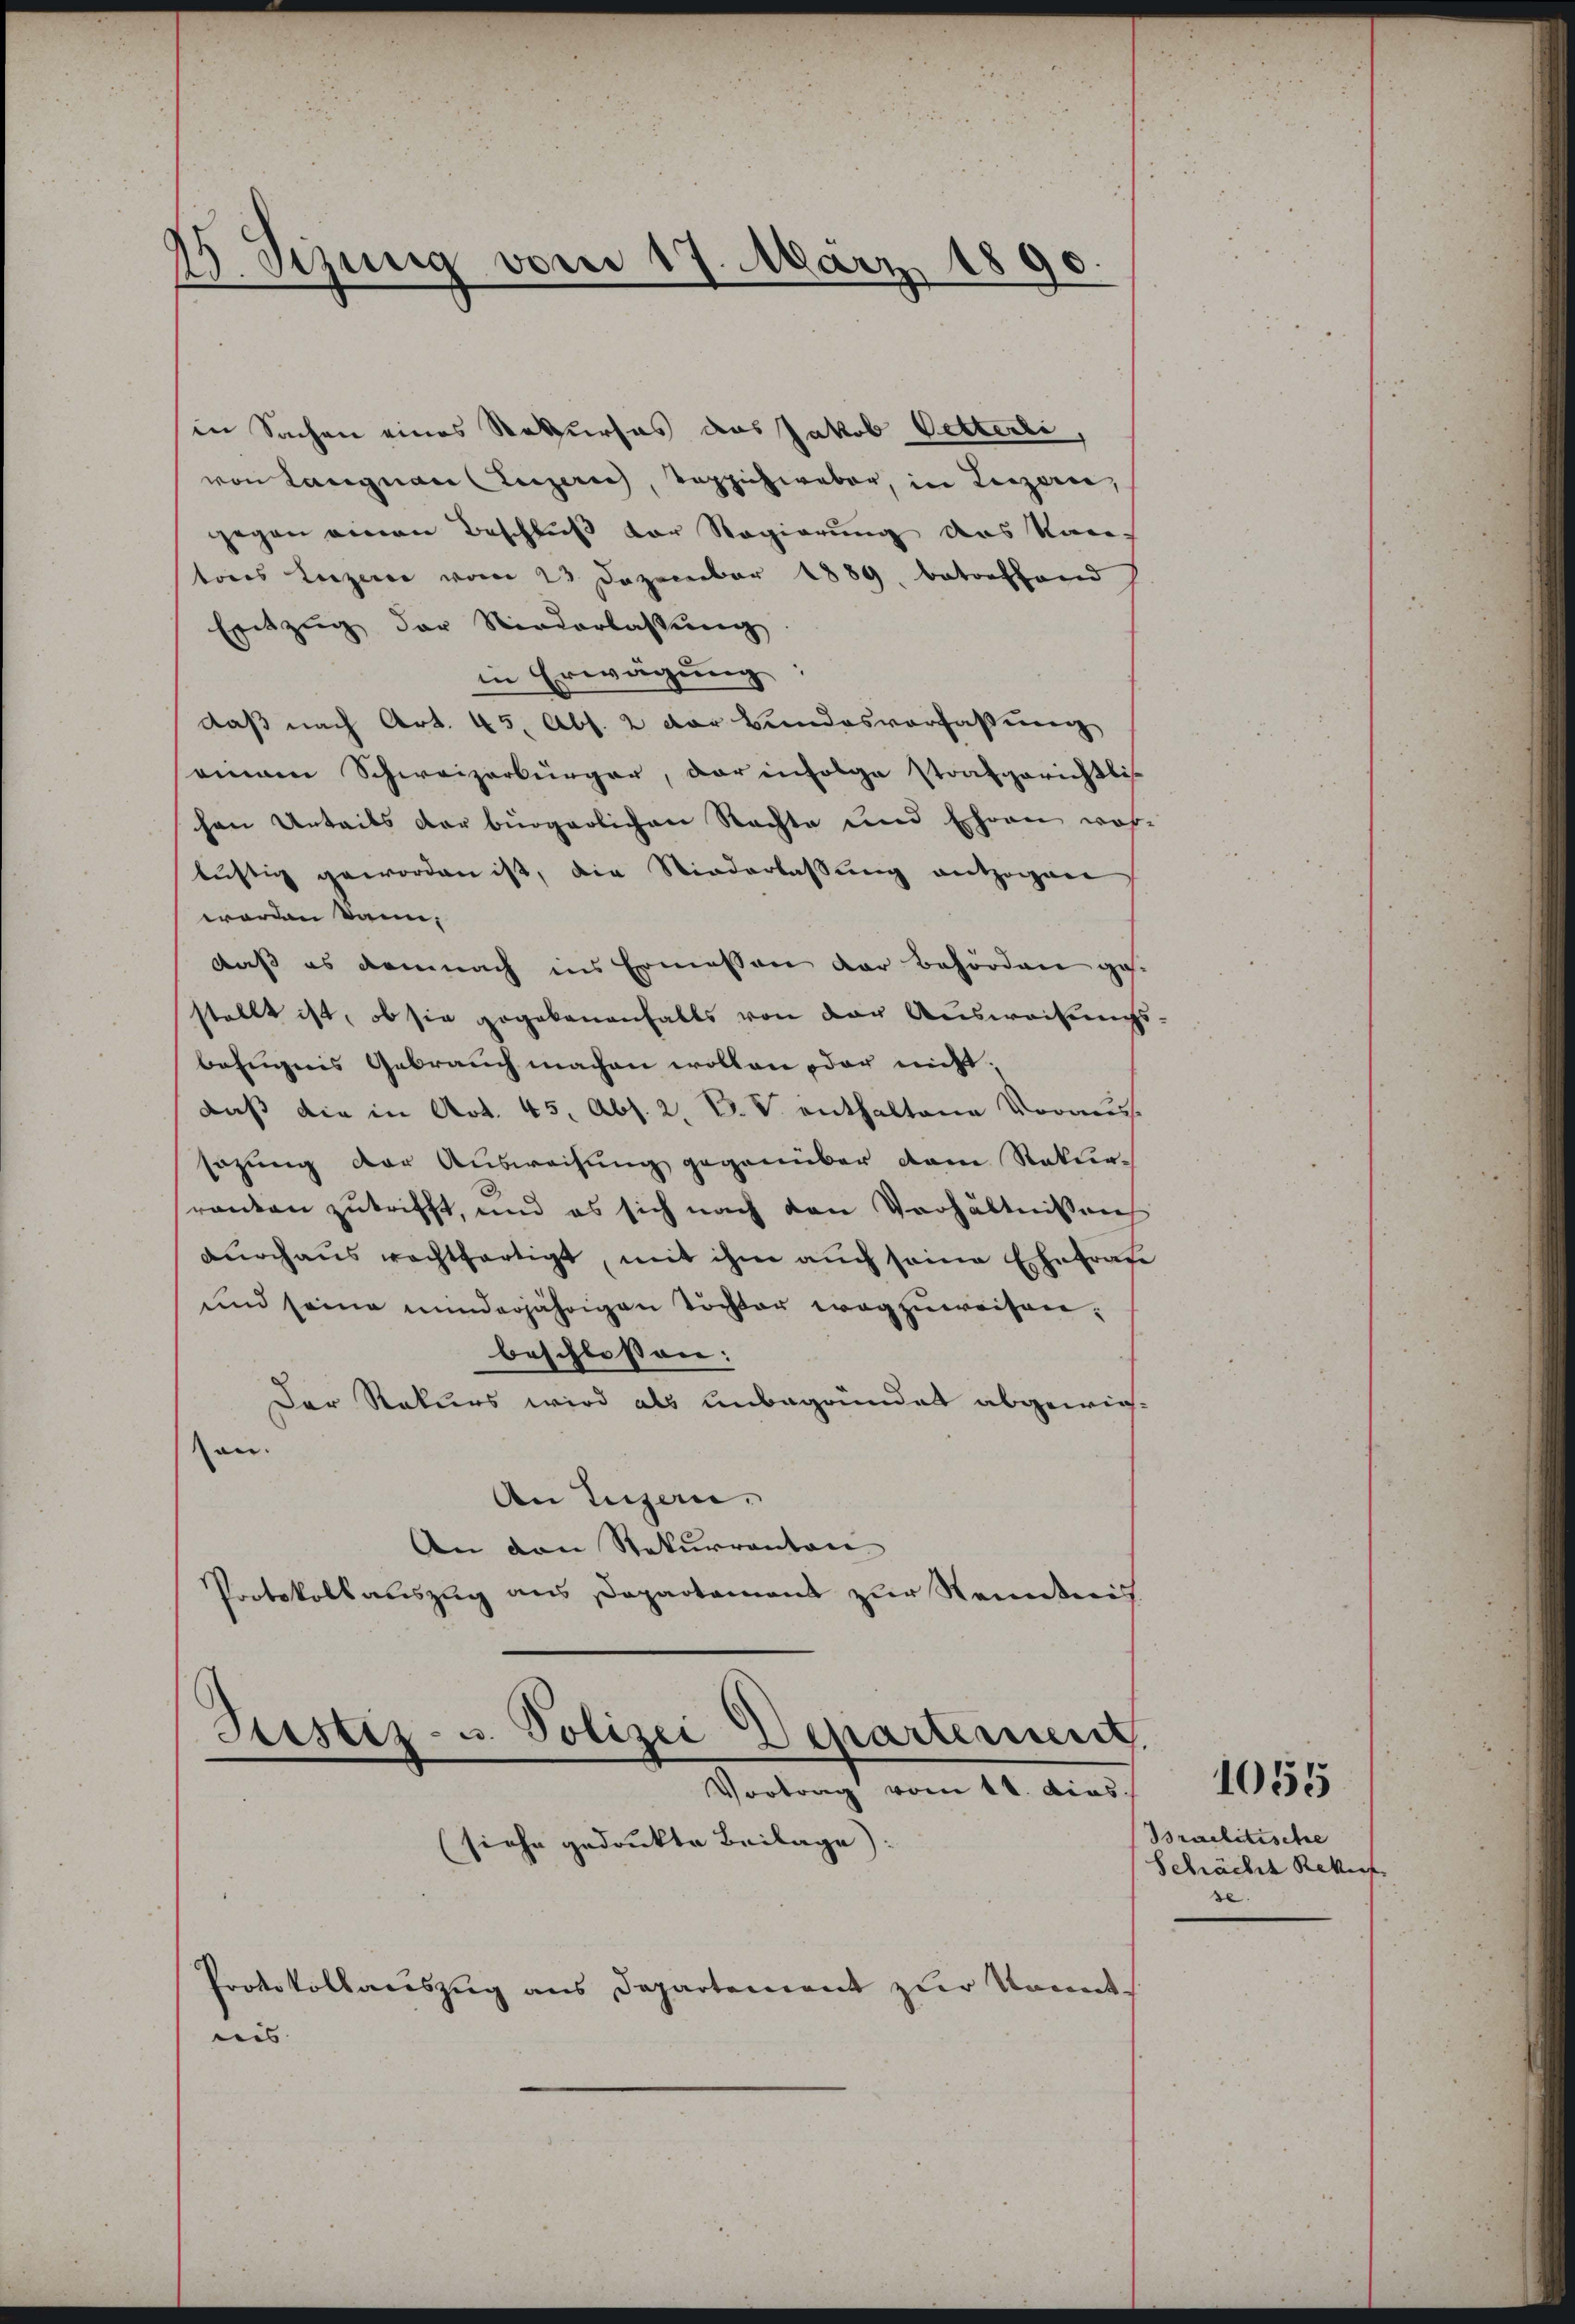
2. Sizung vom 17. März 1890

in Sachen eines Rekurses das Jakob Petterli,
von Langnau (Luzern, Teppichweber, in Legerie,
gegen einen Beschluß vor Regierung des Kan-
tores Luzere vom 23 Dezember 1889. betreffend
Entzug der Niederlassung
in Erwägung
daß nach Art. 45, Abs. 2 der Bundesverfassung
seinem Schweizerbürger, der infolge strafgerichtli
hen Urteils der bürgerlichen Rechte und Ehren woh-
lustig geworden ist, die Niederlassung entzogen
worden kann,
daß es demnach ins Ermessen der Behörden ges.
stellt ist, ob sie gegebenenfalls von der Auswachungs-
befugnis Gebrauch machen wollen oder nicht,
daß die in Art. 45, Abs. 2. V. V. enthaltene Vorauss
sazung der Ausweisung gegenüber dem Rekur-
ranken zutrifft, und es sich nach den Verhältnissen
dŭrchaus rechtfertigt, mit ihm auch seine Ehefrage
und seine minderjährigen Töchter wegzuweisen,
beschlossen:
Der Rekurs wird als unbegründet abgewiesan.
An Luzern.
An den Rekurrenten
Protokollauszug aus Departament zur Kenntnis.

Justiz- u. Polizei Departement.
Vortrag vom 11. dies
(siehe gedrukte Beilage)

Protokollauszug aus Departement zur konnt
wis |

Braelitische
Schächt Rekurs
se

1055